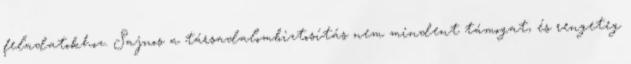
feladatokhoz. Sajnos a társadalombiztosítás nem mindent támogat, és rengeteg